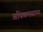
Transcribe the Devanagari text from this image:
अधिकमासाच्या